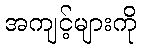
အကျင့်များကို